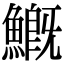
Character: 𩺺